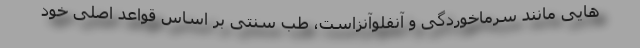
هایی مانند سرماخوردگی و آنفلوآنزاست، طب سنتی بر اساس قواعد اصلی خود